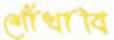
শোঁখাবি